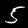
Label: 5